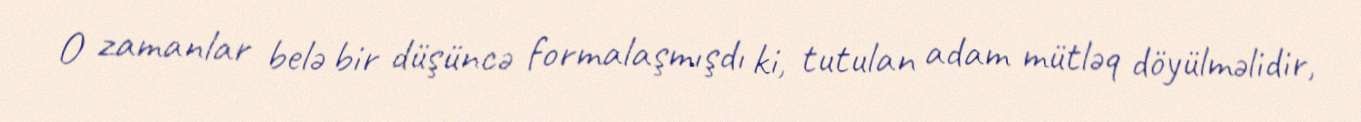
O zamanlar belə bir düşüncə formalaşmışdı ki, tutulan adam mütləq döyülməlidir,